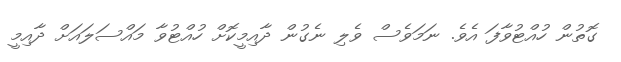
ގޮތުން ހުއްޓުވާފަ އެވެ. ނަމަވެސް ވެލި ނެގުން ދާއިމީކޮށް ހުއްޓުވާ މައްސަލައަށް ދާއިމީ